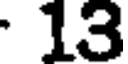
13